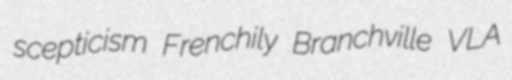
scepticism Frenchily Branchville VLA